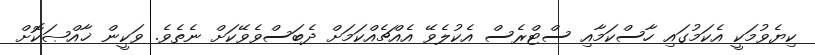
ކިޔެވުމަކީ އެކަމުގައި ހާސްކަމާއި ސްޓްރެސް އެކުލެވޭ އެއްޗެއްކަމަށް ދެބަސްވެވޭކަށް ނެތެވެ. ވަކީން ޚާއްޞަކޮށް